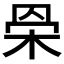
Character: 𣐷